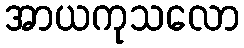
အာယကုသလော